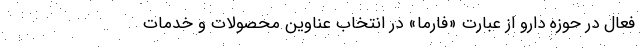
فعال در حوزه دارو از عبارت «فارما» در انتخاب عناوین محصولات و خدمات